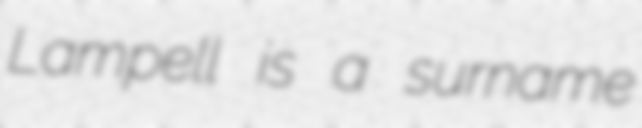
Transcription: Lampell is a surname